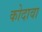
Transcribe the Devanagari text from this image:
कोदावा